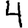
Digit: 4